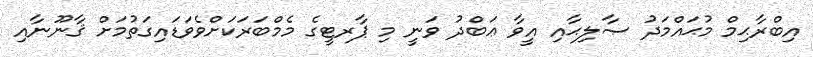
އިބްރާޙިމް މުޙައްމަދު ޞާލިޙާއި އީވާ ޢަބްދު ވަނީ މި ޕާރޓީގެ މެމްބަރަކަށްވެވަޑައިގަތުމަށް ޤާނޫނާއި